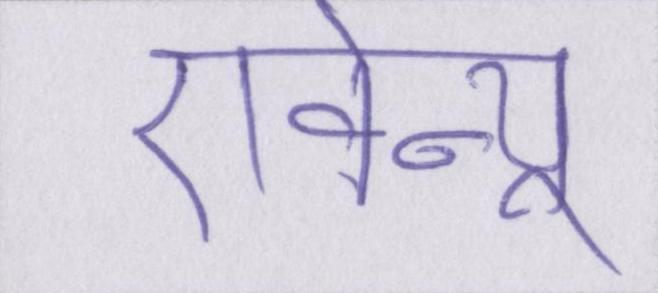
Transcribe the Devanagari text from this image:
एवेन्यू